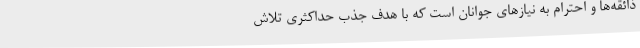
ذائقه‌ها و احترام به نیازهای جوانان است که با هدف جذب حداکثری تلاش